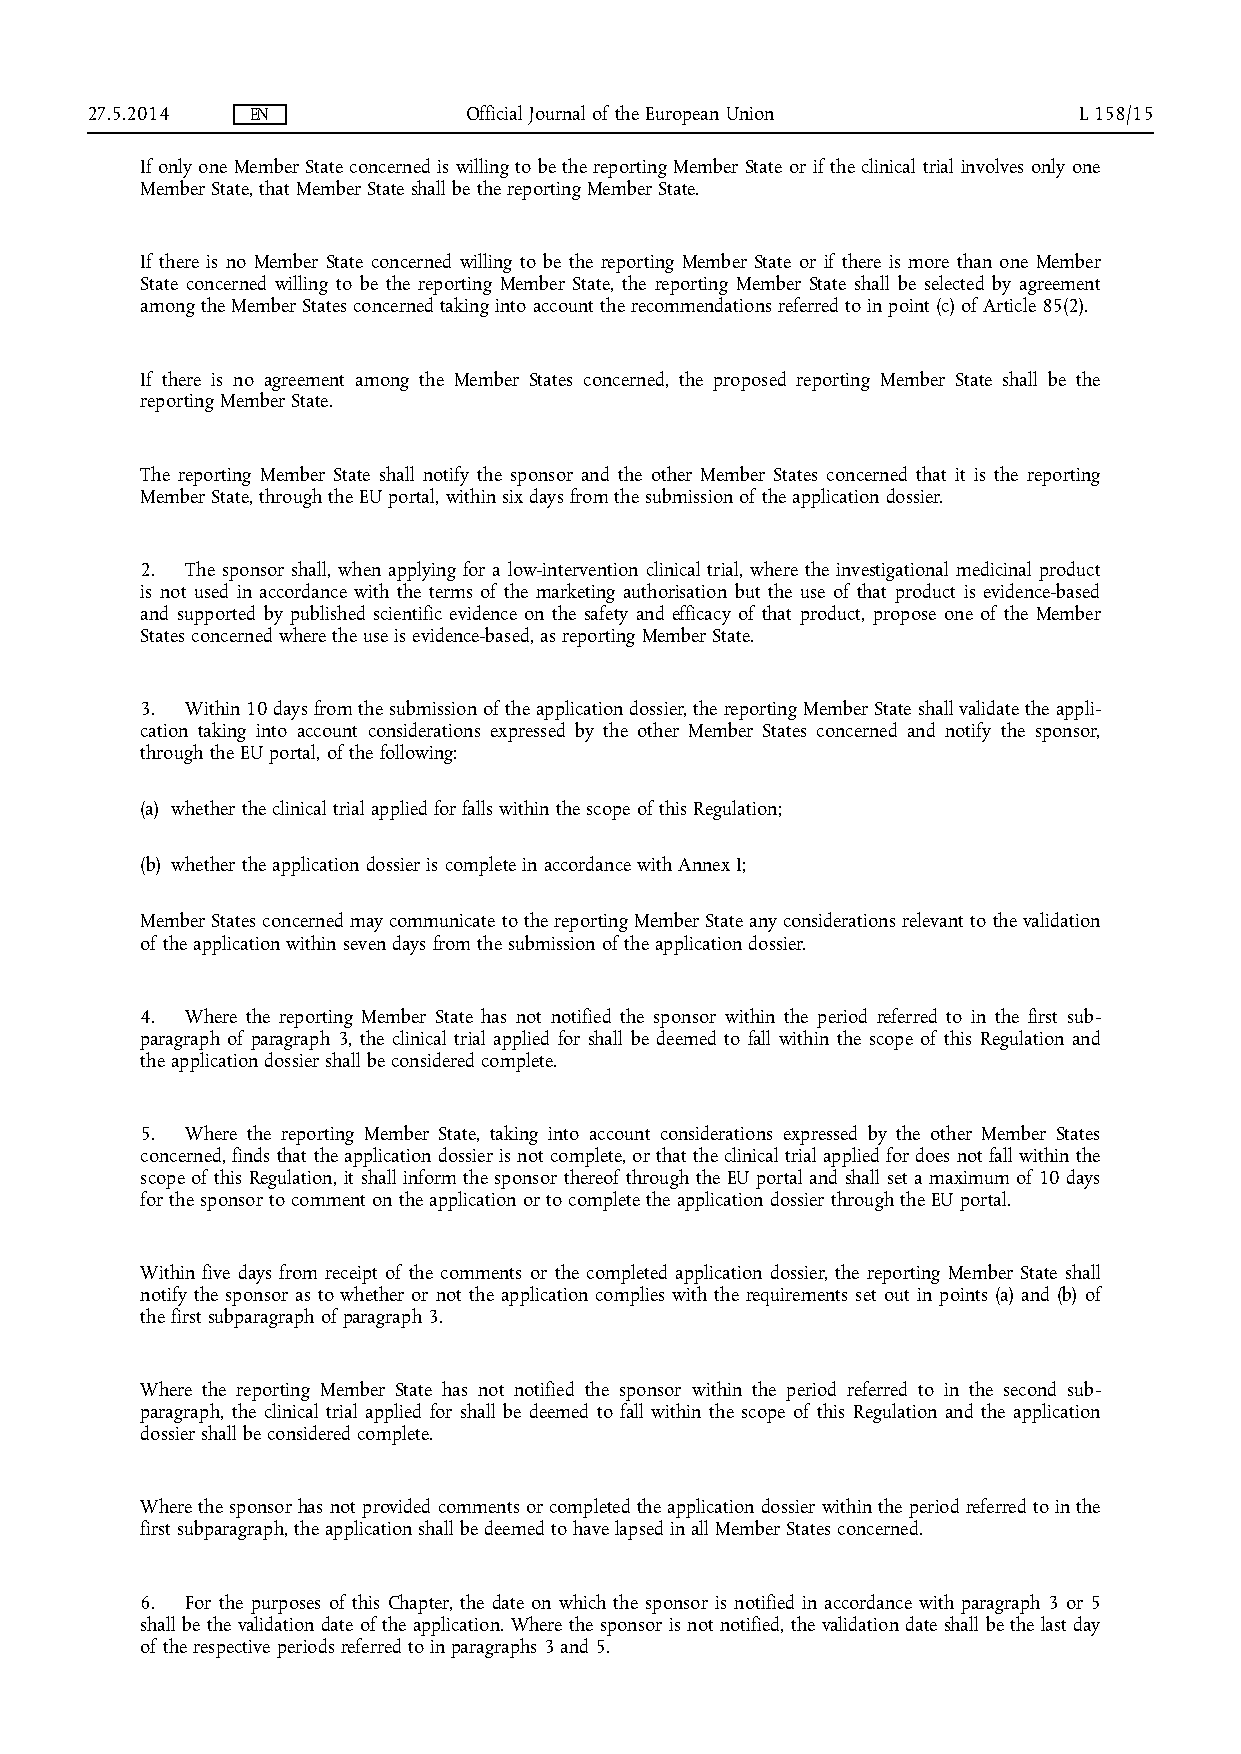
27.5.2014  EN            Official Journal of the European Union  L 158/15
 If only one Member State concerned is willing to be the reporting Member State or if the clinical trial involves only one
 Member State, that Member State shall be the reporting Member State.
 If there is no Member State concerned willing to be the reporting Member State or if there is more than one Member
 State concerned willing to be the reporting Member State, the reporting Member State shall be selected by agreement
 among the Member States concerned taking into account the recommendations referred to in point (c) of Article 85(2).
 If there is no agreement among the Member States concerned, the proposed reporting Member State shall be the
 reporting Member State.
 The reporting Member State shall notify the sponsor and the other Member States concerned that it is the reporting
 Member State, through the EU portal, within six days from the submission of the application dossier.
 2. The sponsor shall, when applying for a low-intervention clinical trial, where the investigational medicinal product
 is not used in accordance with the terms of the marketing authorisation but the use of that product is evidence-based
 and supported by published scientific evidence on the safety and efficacy of that product, propose one of the Member
 States concerned where the use is evidence-based, as reporting Member State.
 3. Within 10 days from the submission of the application dossier, the reporting Member State shall validate the appli­
 cation taking into account considerations expressed by the other Member States concerned and notify the sponsor,
 through the EU portal, of the following:
 (a) whether the clinical trial applied for falls within the scope of this Regulation;
 (b) whether the application dossier is complete in accordance with Annex I;
 Member States concerned may communicate to the reporting Member State any considerations relevant to the validation
 of the application within seven days from the submission of the application dossier.
 4. Where the reporting Member State has not notified the sponsor within the period referred to in the first sub­
 paragraph of paragraph 3, the clinical trial applied for shall be deemed to fall within the scope of this Regulation and
 the application dossier shall be considered complete.
 5. Where the reporting Member State, taking into account considerations expressed by the other Member States
 concerned, finds that the application dossier is not complete, or that the clinical trial applied for does not fall within the
 scope of this Regulation, it shall inform the sponsor thereof through the EU portal and shall set a maximum of 10 days
 for the sponsor to comment on the application or to complete the application dossier through the EU portal.
 Within five days from receipt of the comments or the completed application dossier, the reporting Member State shall
 notify the sponsor as to whether or not the application complies with the requirements set out in points (a) and (b) of
 the first subparagraph of paragraph 3.
 Where the reporting Member State has not notified the sponsor within the period referred to in the second sub­
 paragraph, the clinical trial applied for shall be deemed to fall within the scope of this Regulation and the application
 dossier shall be considered complete.
 Where the sponsor has not provided comments or completed the application dossier within the period referred to in the
 first subparagraph, the application shall be deemed to have lapsed in all Member States concerned.
 6. For the purposes of this Chapter, the date on which the sponsor is notified in accordance with paragraph 3 or 5
 shall be the validation date of the application. Where the sponsor is not notified, the validation date shall be the last day
 of the respective periods referred to in paragraphs 3 and 5.